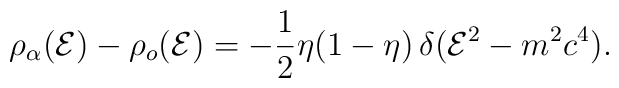
\rho_{\alpha}({\cal E})-\rho_o({\cal E}) = -\frac{1}{2}\eta(1-\eta)\,\delta({\cal E}^2-m^2c^4).